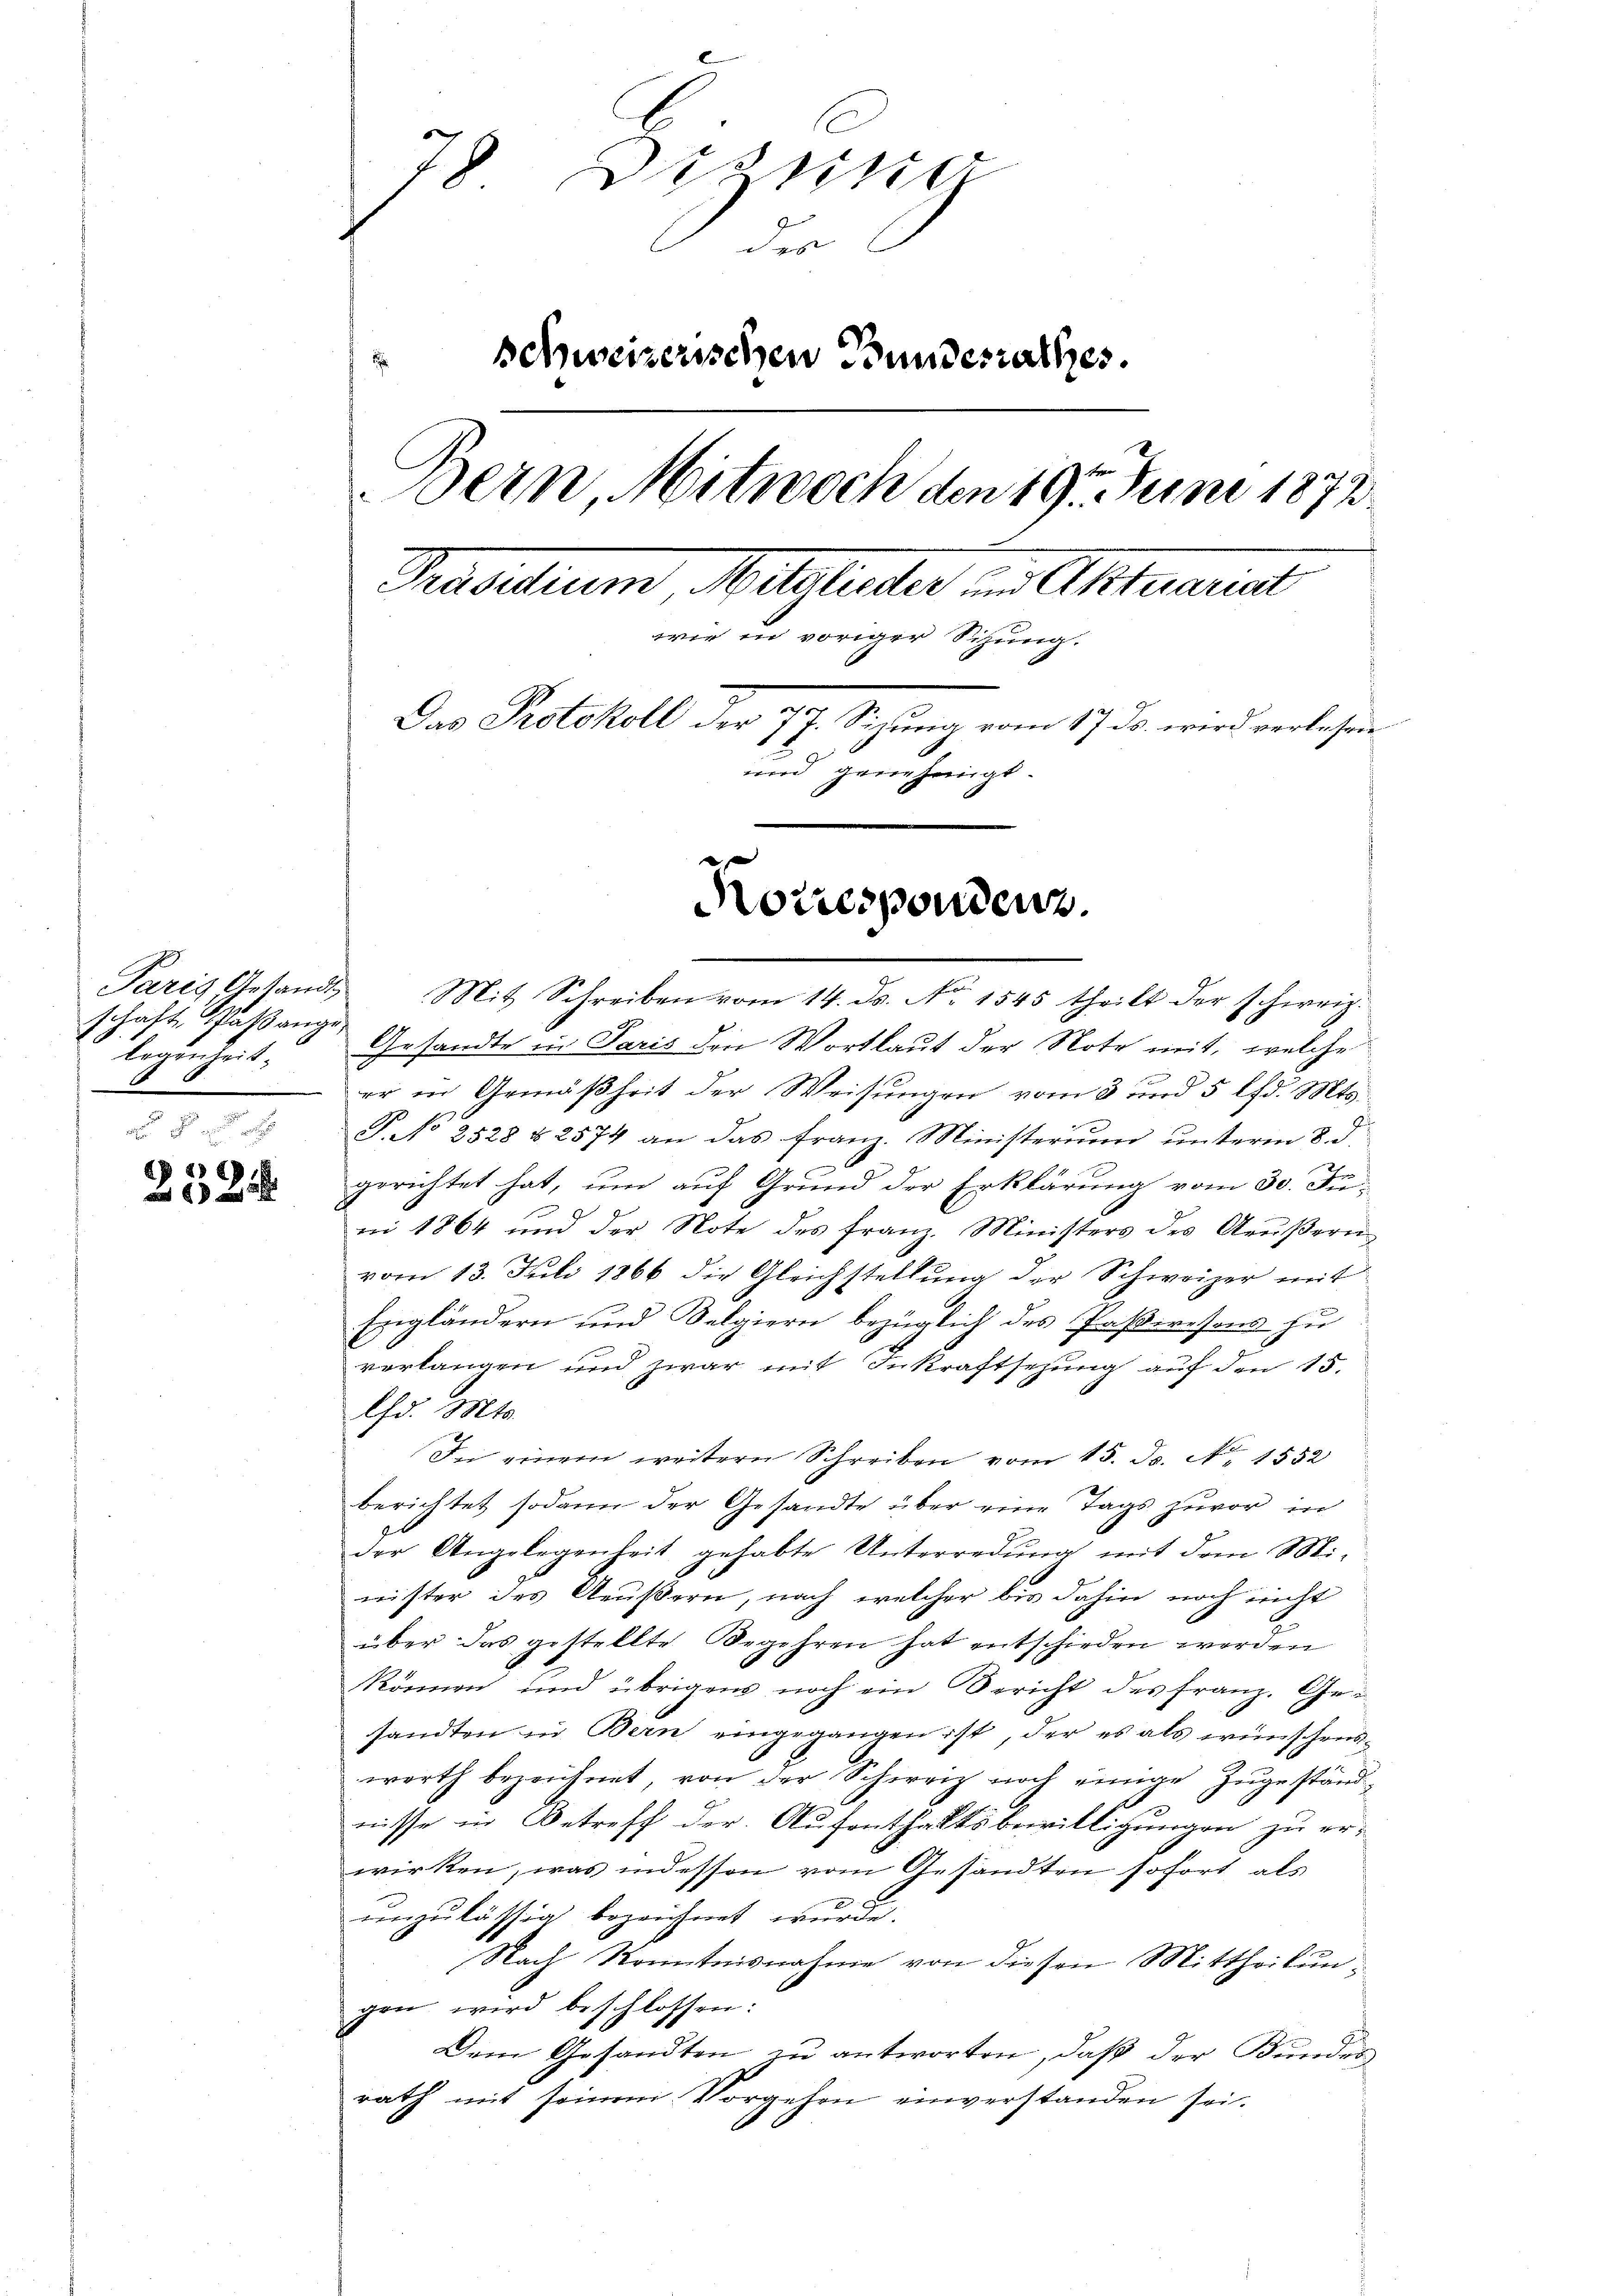
schaft Paßange
logenheit.

252.

78 Disse
der
schweizerischen Bundesrathes.
Bern, Mitwoch den 19t Juni 1872
Traditum Mitglieder in Antrait
wie in voriger Sitzung.
Das Protokoll der 77. Sitzŭng vom 17. ds. wird verlesen
und genehmigt.

Norrespondenz.

Paris Gesandt Mit Schreiben vom 14. ds. No. 1545 theilt der schweiz.
Gesandte in Paris den Wortlaut der Note mit, welche
er in Gemäßheit der Weisungen vom 3 und 5 lfd. Mts.
P. No 2528 & 2574 an das franz. Ministerium ŭnterm 8. d.
gerichtet hat, um auf Grund der Erklärung vom 30. Ju
ai 1864 und der Note des franz. Ministers des Aeŭβern
vom 13. Juli 1866 die Gleichstellung der Schweizer mit
Engländern und Selgiern bezüglich des Paßwesens zu
verlangen und zwar mit Inkraftsezung auf den 15.
Chd. Mts.
In einem weitern Schreiben vom 15. ds. N. 1552
berichtet sodann der Gesandte über eine Tags zuvor in
der Angelegenheit gehabte Unterredung mit dem Mi-
nister des Aeußern, nach welcher bis dahin noch nicht
über das gestellte Begehren hat entschieden werden
können und übrigens noch ein Bericht des Franz. Ge-
sandten in Bern eingegangen ist, der es als wünschenswerth bezeichnet, von der Schweiz noch einige Zugeständ
nisse in Betreff der Aufenthaltsbewilligungen zu er-
wirken, was indessen vom Gesandten sofort als
unzulässig bezeichnet wurde.
Nach Kenntnisnahme von diesen Mittheilungen wird beschlossen:
Dem Gesandten zu antworten, daß der Bundes
rath mit seinem Vorgehen einverstanden sei.